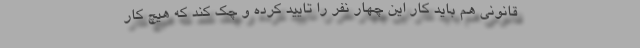
قانونی هم باید کار این چهار نفر را تایید کرده و چک کند که هیچ کار